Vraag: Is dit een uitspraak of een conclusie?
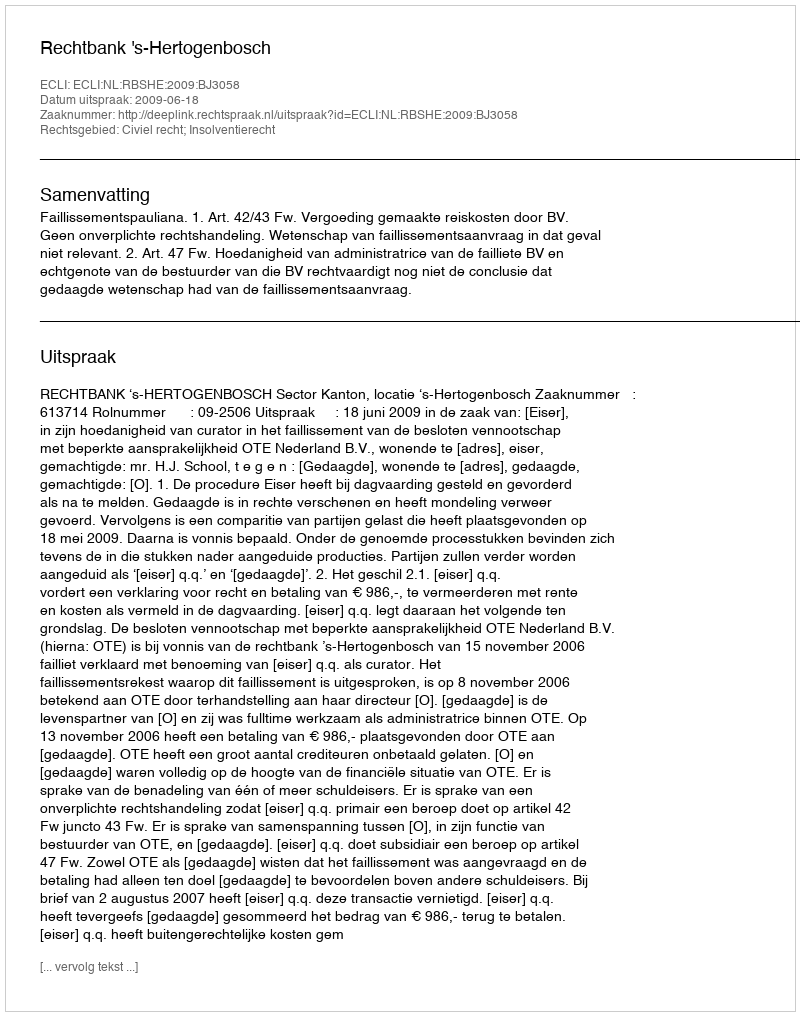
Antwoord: Uitspraak